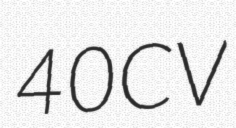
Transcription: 40CV